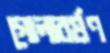
গোলাবর্ষণ